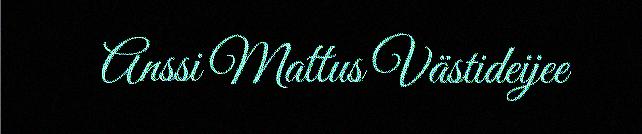
Anssi Mattus Västideijee